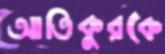
আতিকুরকে